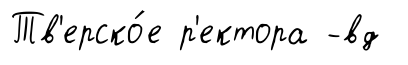
Тв'ерско́е р'ектора -вд